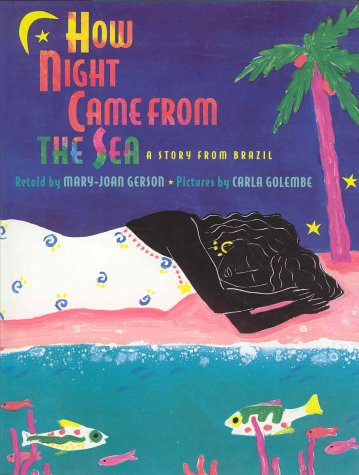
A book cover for How Night Came from the Sea: A Story from Brazil; Mary-Joan Gerson; Children's Books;